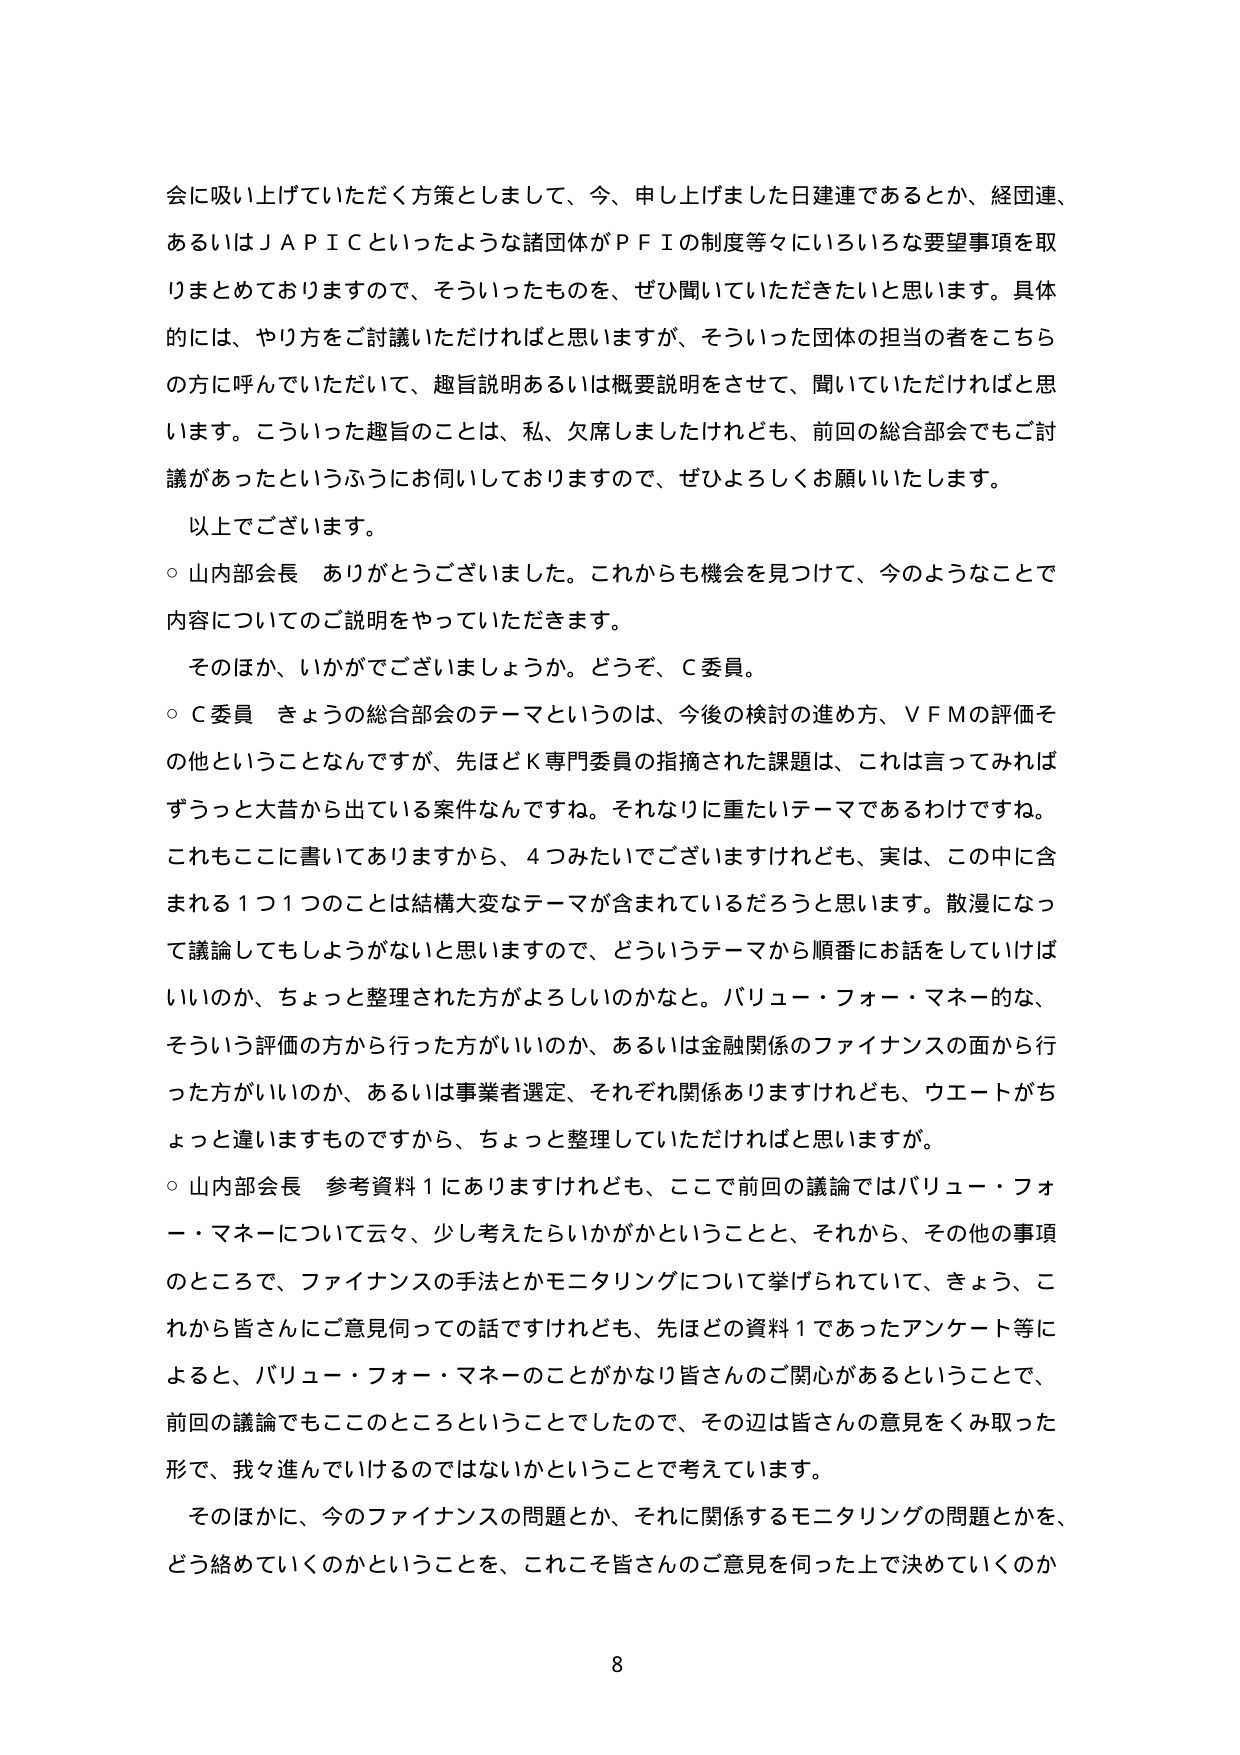
会に吸い上げていただく方策としまして、今、申し上げました日建連であるとか、経団連、あるいはＪＡＰＩＣといったような諸団体がＰＦＩの制度等々にいろいろな要望事項を取りまとめておりますので、そういったものを、ぜひ聞いていただきたいと思います。具体的には、やり方をご討議いただければと思いますが、そういった団体の担当の者をこちらの方に呼んでいただいて、趣旨説明あるいは概要説明をさせて、聞いていただければと思います。こういった趣旨のことは、私、欠席しましたけれども、前回の総合部会でもご討議があったというふうにお伺いしておりますので、ぜひよろしくお願いいたします。

以上でございます。

○ 山内部会長 ありがとうございました。これからも機会を見つけて、今のようなことで内容についてのご説明をやっていただきます。

そのほか、いかがでございましょうか。どうぞ、Ｃ委員。

○ Ｃ委員 きょうの総合部会のテーマというのは、今後の検討の進め方、ＶＦＭの評価その他ということなんですが、先ほどＫ専門委員の指摘された課題は、これは言ってみればずうっと大昔から出ている案件なんですね。それなりに重たいテーマであるわけです。これもここに書いてありますから、４つみたいでございますけれども、実は、この中に含まれる１つ１つのことは結構大変なテーマが含まれているだろうと思います。散漫になって議論してもしようがないと思いますので、どういうテーマから順番にお話をしていけばいいのか、ちょっと整理された方がよろしいのかなと。バリュー・フォー・マネー的な、そういう評価の方から行った方がいいのか、あるいは金融関係のファイナンスの面から行った方がいいのか、あるいは事業者選定、それぞれ関係ありますけれども、ウエートがちょっと違いますものですから、ちょっと整理していただければと思いますが。

○ 山内部会長 参考資料１にありますけれども、ここで前回の議論ではバリュー・フォー・マネーについて云々、少し考えたいかがかということと、それから、その他の事項のところで、ファイナンスの手法とかモニタリングについて挙げられていて、きょう、これから皆さんにご意見伺っての話ですけれども、先ほどの資料１であったアンケート等によると、バリュー・フォー・マネーのことがかなり皆さんのご関心があるということで、前回の議論でもこのところということでしたので、その辺は皆さんの意見をくみ取った形で、我々進んでいけるのではないかということで考えています。

そのほかに、今のファイナンスの問題とか、それに関係するモニタリングの問題とかを、どう絡めていくのかということを、これこそ皆さんのご意見を伺った上で決めていくのか

8